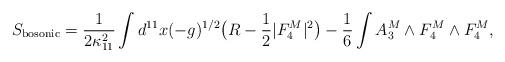
LaTeX: \begin{align*}S_{\rm bosonic} = \frac{1} {2 \kappa_{11}^2 } \int d^{11} x (-g)^{1/2}\bigl( R - \frac{1}{2} |F^M_4|^2 \bigr) - \frac{1}{6}\int A^M_3 \wedge F^M_4 \wedge F^M_4,\end{align*}